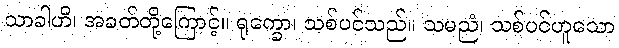
သာခါဟိ၊ အခတ်တို့ကြောင့်။ ရုက္ခော၊ သစ်ပင်သည်။ သမညံ၊ သစ်ပင်ဟူသော